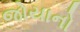
જોયાનો